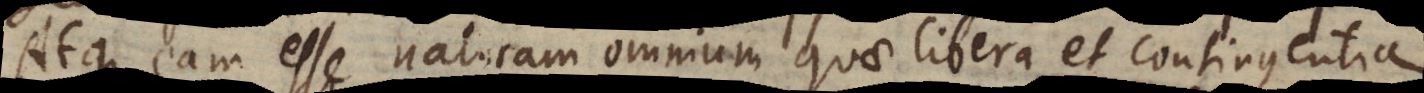
Atque eam esse naturam omnium quae libera et contingentia